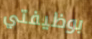
بوظيفتي